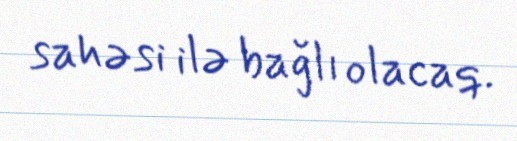
sahəsi ilə bağlı olacaq.